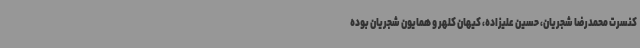
کنسرت محمدرضا شجریان، حسین علیزاده، کیهان کلهر و همایون شجریان بوده